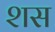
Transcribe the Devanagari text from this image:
शस